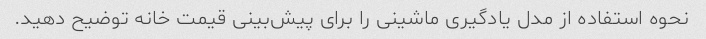
نحوه استفاده از مدل یادگیری ماشینی را برای پیش‌بینی قیمت خانه توضیح دهید.